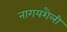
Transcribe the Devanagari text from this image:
नागयशैली